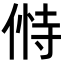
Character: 𬾸